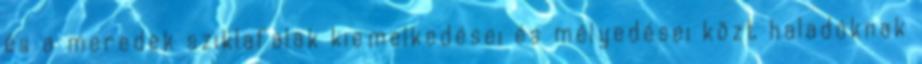
és a meredek sziklafalak kiemelkedései és mélyedései közt haladóknak